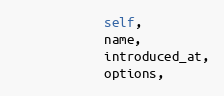
Language: Python
            self,
            name,
            introduced_at,
            options,